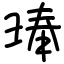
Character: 琫